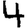
Digit: 4